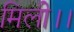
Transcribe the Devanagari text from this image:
मिली।।